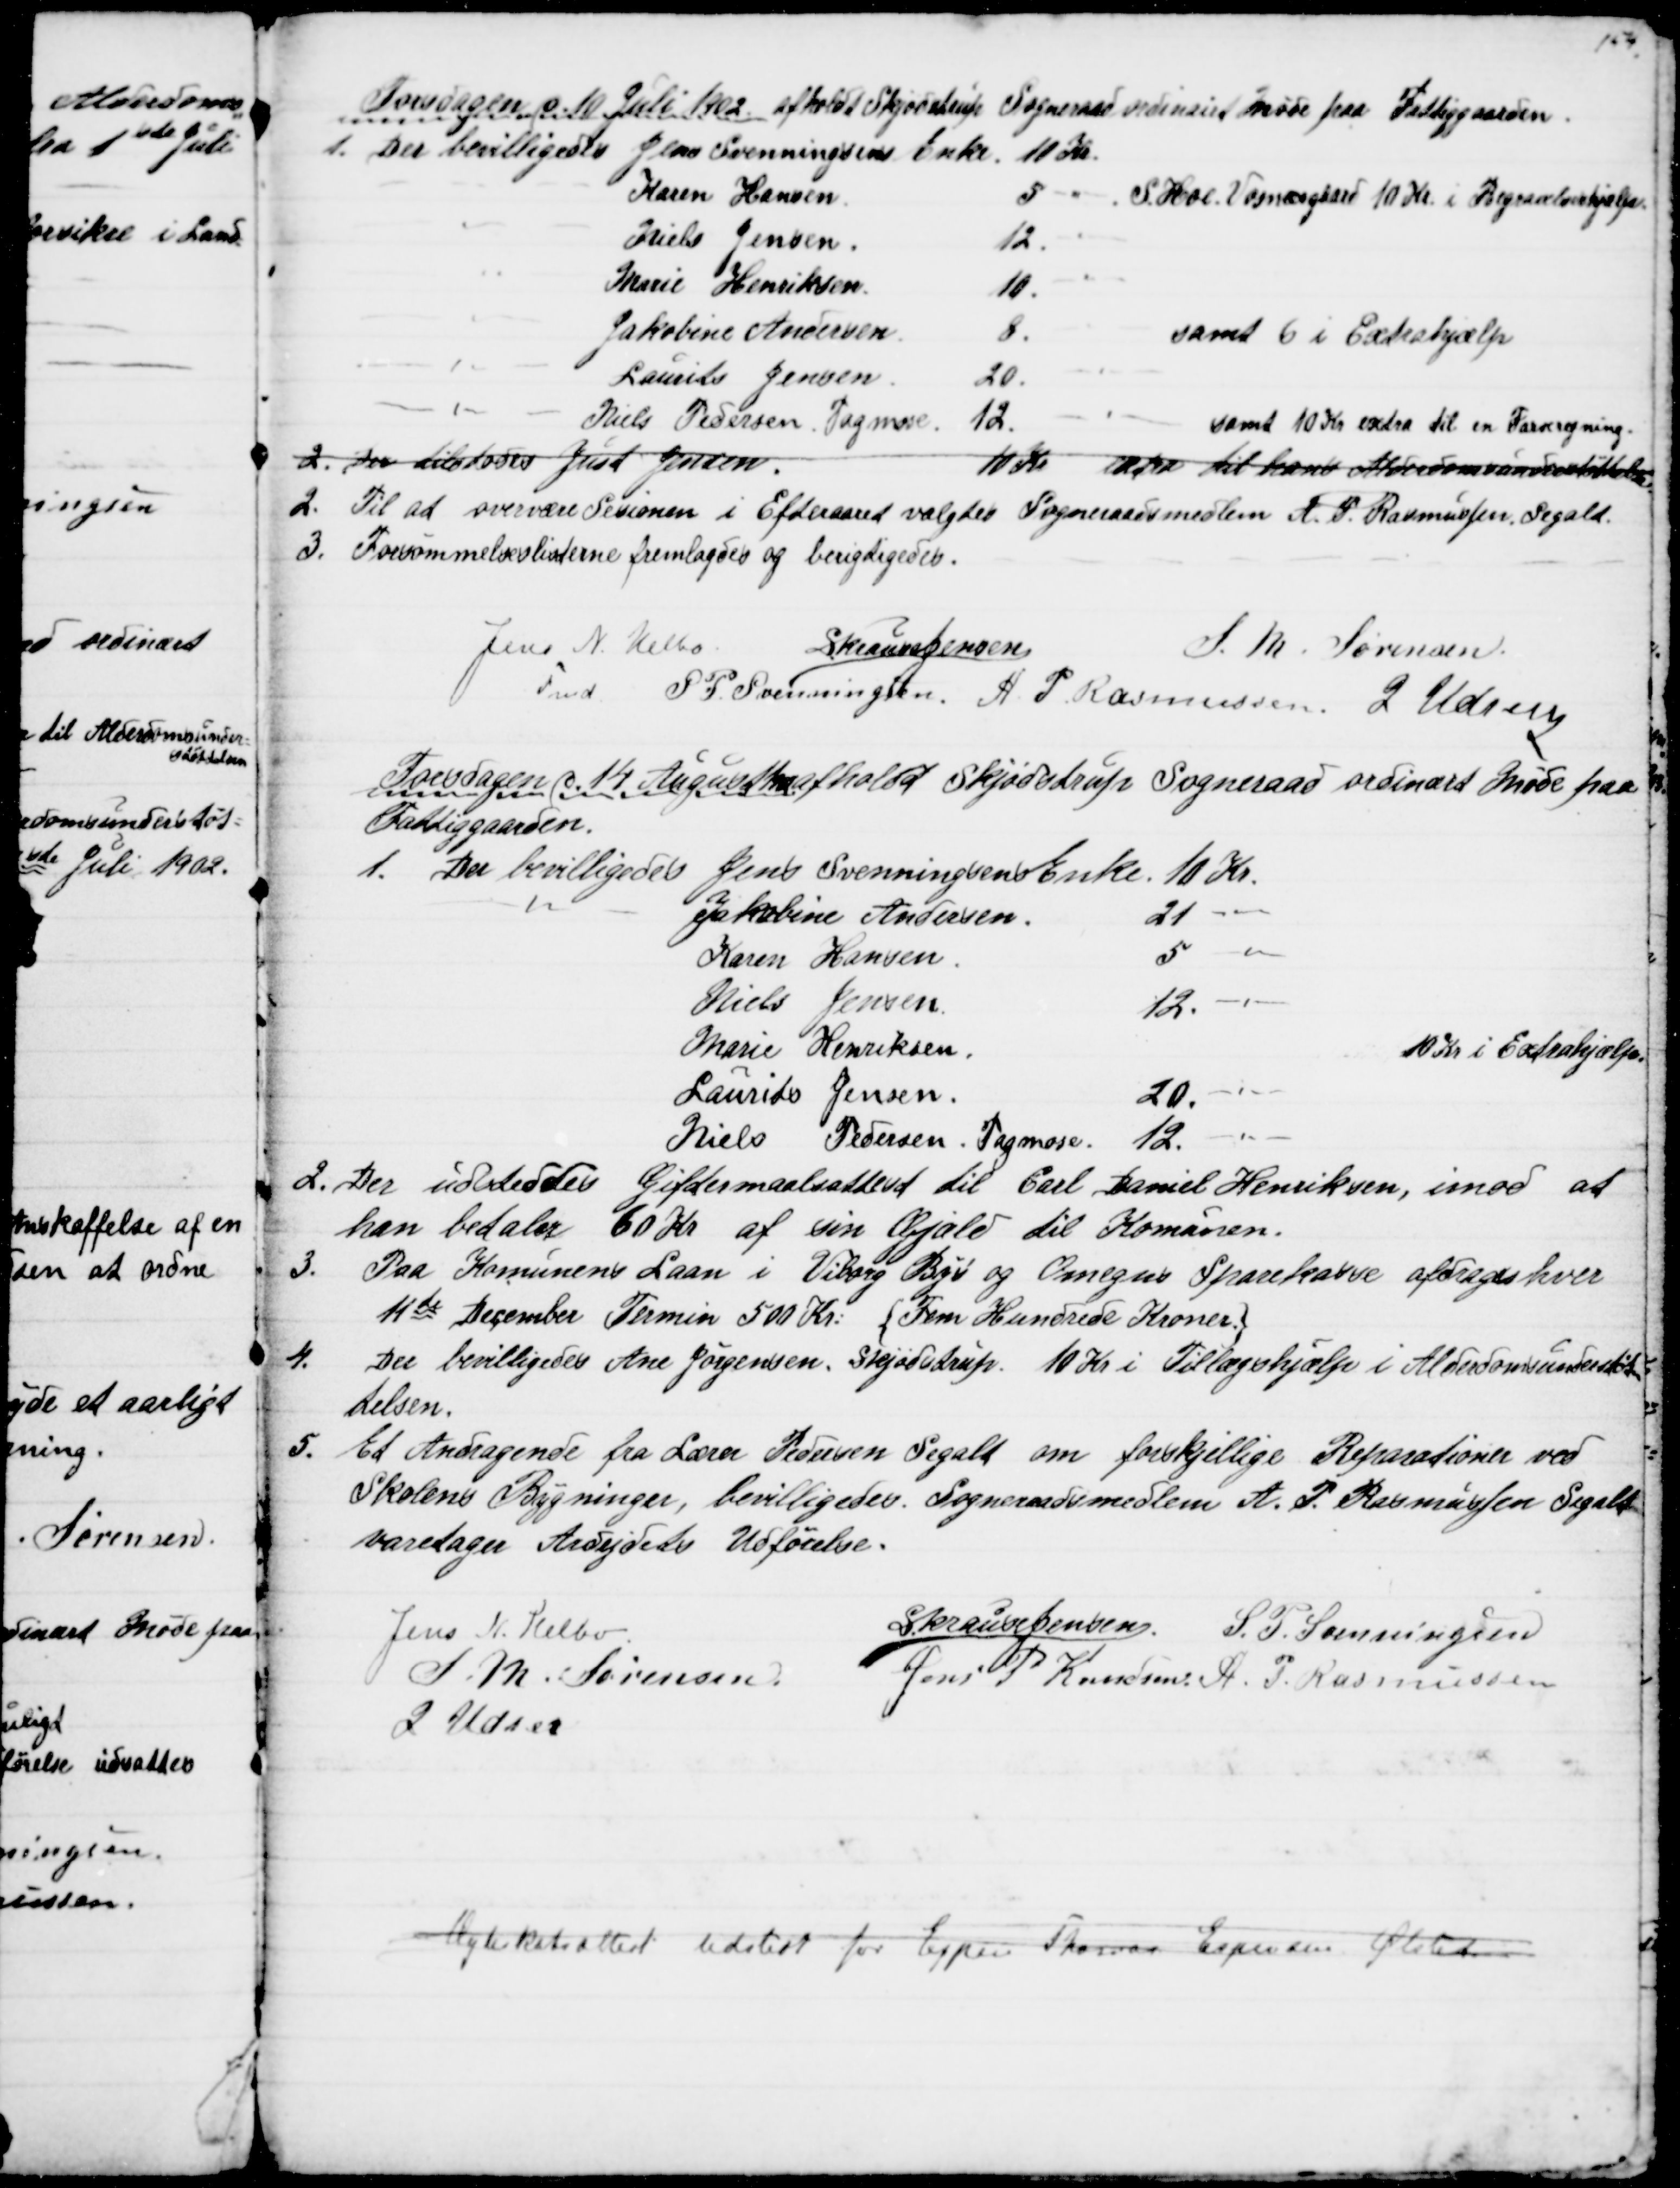
Transskription:
Torsdagen d. 10 Juli 1902 afholdt Skjødstrup Sogneraad ordinairt Møde paa Fattiggaarden.
1. Der bevilligedes Jens Svenningsens Enke. 10 Kr.
Karen Hansen
5 " S. Hoe Vosnæsgaard 10 Kr. i Begravelseshjælp
Niels Jensen.
12. "
Marie Henriksen.
10. "
Jakobine Andersen.
8. " samt 6 i Extrahjælp
Laurits Jensen.
20. "
Niels Pedersen, Tagmose.
12. " samt 10 Kr extra til en Farvregning.
2. Der tilstodes Just Jensen.
10 Kr extra til hans Aldersomsunderstøttelse
2. Til at overvære Sesionen i Efteraaret valgtes Sogneraadsmedlem A. P. Rasmussen, Segalt.
3. Forsømmelseslisterne fremlagdes og berigtigedes.
Jens N. Helbo.
Fmd.
S Krause Jensen
S. M. Sørensen
S. P. Svenningsen. A. P. Rasmussen J. Udsen
Tordsdagen d. 14. August 1902 afholdt Skjødstrup Sogneraad ordinært Møde paa
Fattiggaarden.
1. Der bevilligedes Jens Svenningsens Enke. 10 Kr.
" Jakobine Andersen
21 "
Karen Hansen.
5 "
Niels Jensen.
12. "
Marie Henriksen.
10 Kr i Extrahjælp.
Laurits Jensen.
20. "
Niels Pedersen. Tagmose. 12. "
2. Der udstedtes Giftermaalsattest til Carl Daniel Henriksen, imod at
han betaler 60 Kr af sin Gjæld til Komunen.
3.
Paa Komunens Laan i Viborg By og Omegns Sparekasse afdrages hver
11te December Termin 500 Kr. {Fem Hundrede Kroner.}
4. 
Der bevilligedes Ane Jørgensen, Skjødstrup. 10 Kr i Tillægshjælp i Alderdomsunderstøtte
telsen. 
5.
Et Andragende fra Lærer Pedersen Segalt om forskjellige Reparationer ved
Skolens Bygninger, bevilligedes. Sogneraadsmedlem A. P. Rasmussen Segalt
varetager Arbejdets Udførelse.
Jens N. Helbo
S Krause Jensen. S. P. Svenningsen
S. M. Sørensen
Jens P Knudsen A. P. Rasmussen
J Udsen
Ægteskabsattest udstedt for Espen Thomas Espensen Ølsted